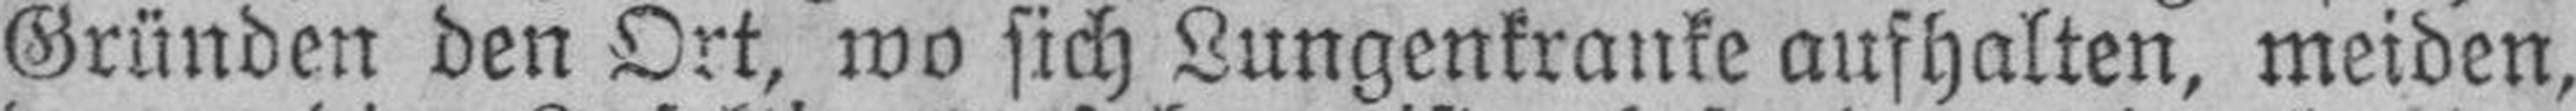
Gründen den Ort, wo sich Lungenkranke aufhalten, meiden,